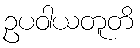
ဥပဝါယတူတိ